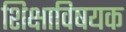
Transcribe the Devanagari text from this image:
शिक्षाविषयक